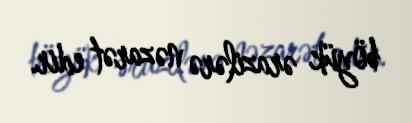
böyük ərazilərə nəzarət edir.